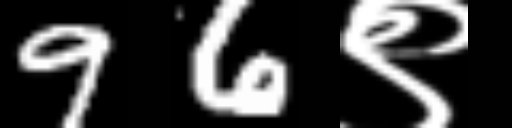
Text: 96९